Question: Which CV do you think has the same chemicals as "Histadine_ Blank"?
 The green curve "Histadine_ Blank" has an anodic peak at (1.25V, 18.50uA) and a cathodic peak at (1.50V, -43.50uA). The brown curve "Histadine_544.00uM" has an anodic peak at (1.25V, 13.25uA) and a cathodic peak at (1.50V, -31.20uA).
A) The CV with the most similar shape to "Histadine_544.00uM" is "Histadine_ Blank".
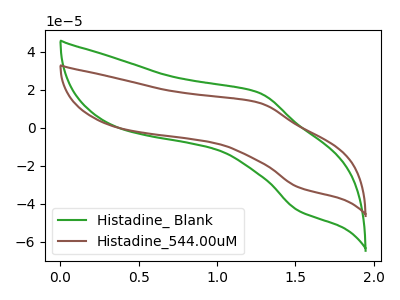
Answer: <think>All the peaks in "Histadine_ Blank" have a peak in "Histadine_544.00uM" at the same potential. Every peak in "Histadine_ Blank" is higher than every peak in "Histadine_544.00uM".
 </think>
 <answer>A) The CV with the most similar shape to "Histadine_544.00uM" is "Histadine_ Blank".</answer>
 <eval>A</eval>